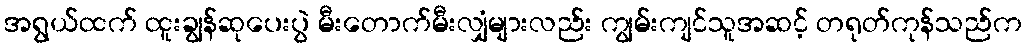
အရွယ်ထက် ထူးချွန်ဆုပေးပွဲ မီးတောက်မီးလျှံများလည်း ကျွမ်းကျင်သူအဆင့် တရုတ်ကုန်သည်က